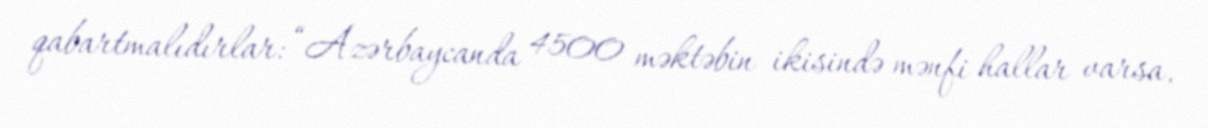
qabartmalıdırlar: “Azərbaycanda 4500 məktəbin ikisində mənfi hallar varsa,